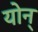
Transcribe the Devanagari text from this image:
योन्